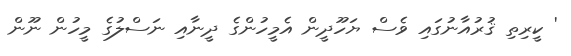
' ކީރިތި ޤުރުއާނުގައި ވެސް ޔަހޫދީން އެމީހުންގެ ދީނާއި ނަސްލުގެ މީހުން ނޫން